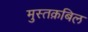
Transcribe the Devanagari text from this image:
मुस्तक़बिल